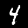
Label: 4